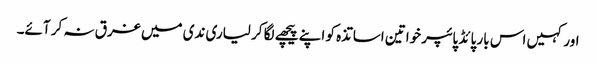
اور کہیں اس بار پائڈ پائپر خواتین اساتذہ کو اپنے پیچھے لگا کر لیاری ندی میں غرق نہ کر آئے۔